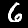
Digit: 6